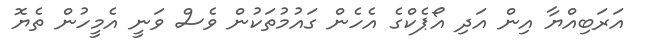
އަރަބިއްޔާ އިން އަދި އޯޕެކްގެ އެހެން ގައުމުތަކުން ވެސް ވަނީ އެމީހުން ތެޔޮ